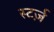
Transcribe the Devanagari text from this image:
स्टर्ज़